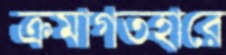
ক্রমাগতহারে